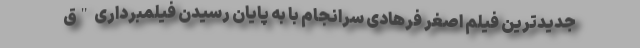
جدیدترین فیلم اصغر فرهادی سرانجام با به پایان رسیدن فیلمبرداری "ق